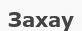
Захау